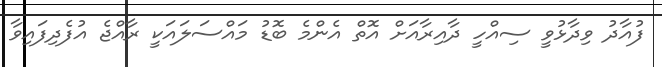
ފުއާދު ވިދާޅުވީ ސިއްހީ ދާއިރާއަށް އޮތް އެންމެ ބޮޑު މައްސަލައަކީ ރާއްޖެ އުފެދިފައިވާ